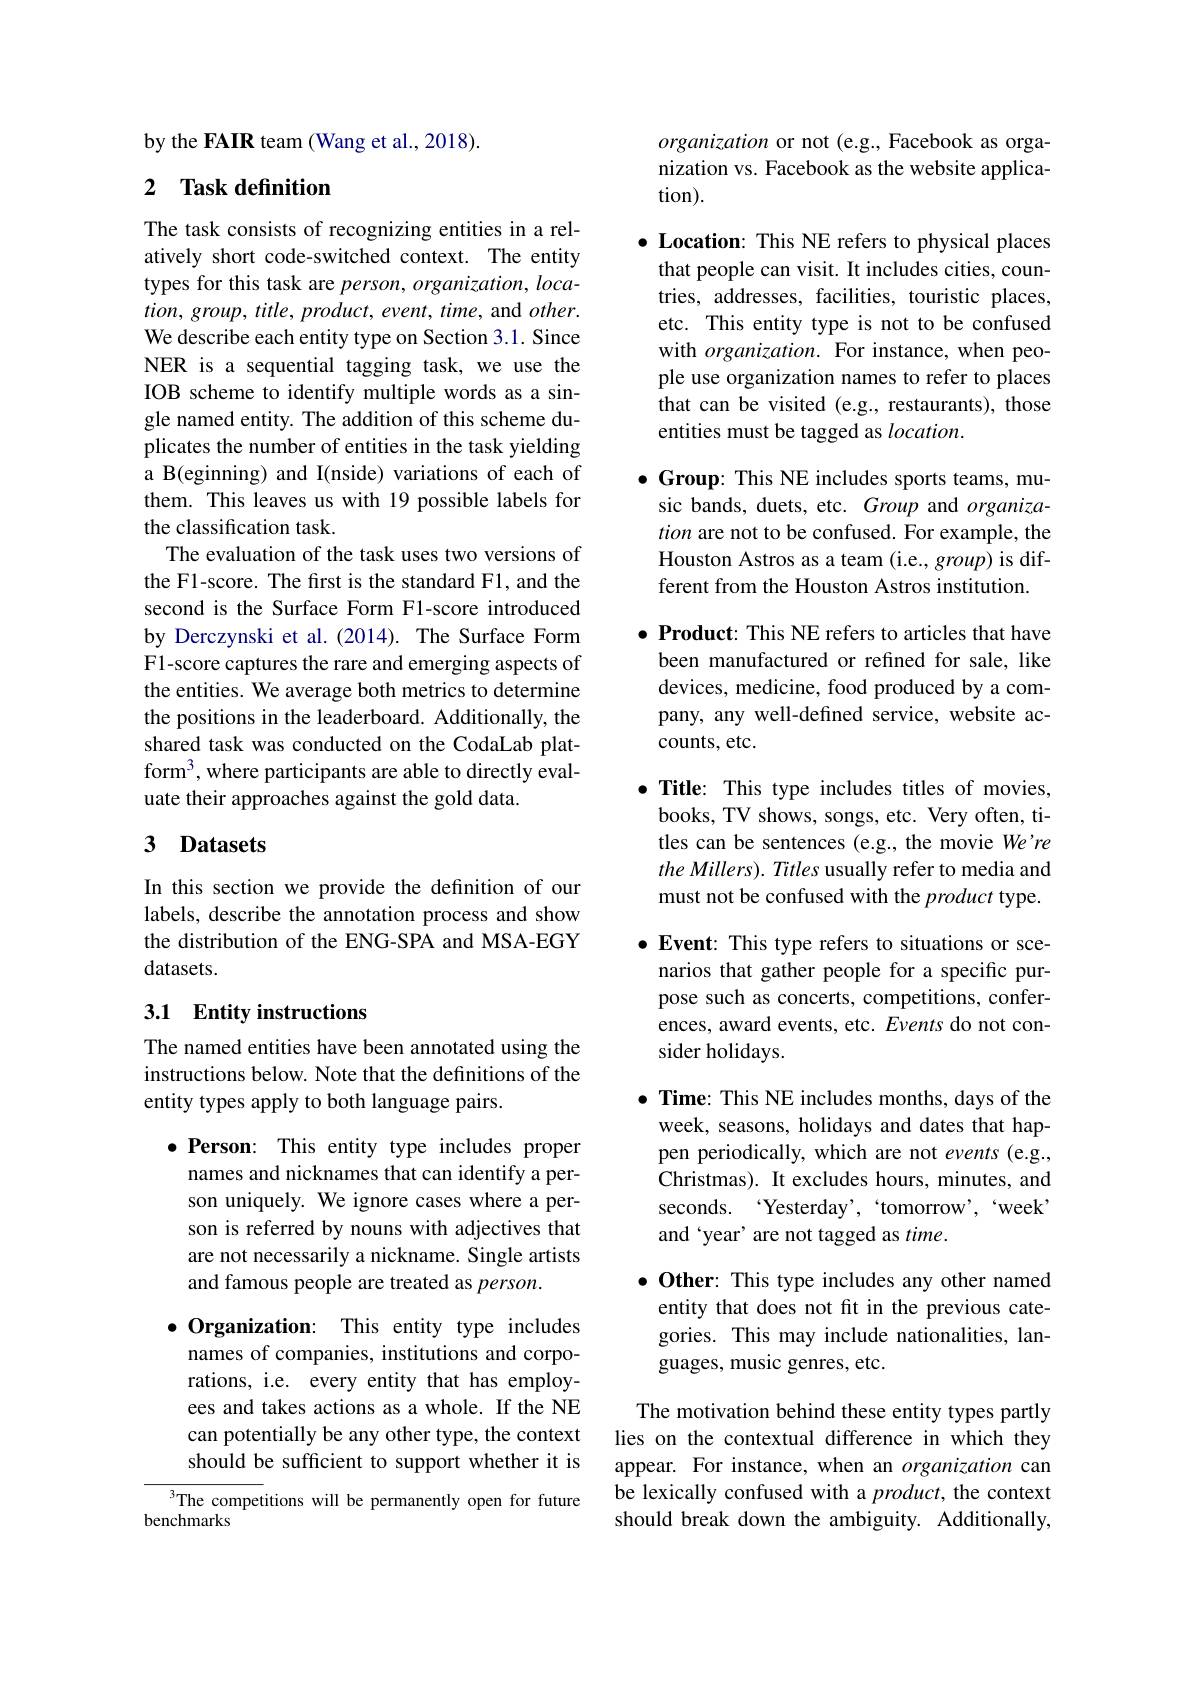
by the FAIR team (Wang et al., 2018).

## 2 Task definition

The task consists of recognizing entities in a relatively short code-switched context. The entity types for this task are person, organization, loca- $tion,group,title,product,event,time$, and $other.$ We describe each entity type on Section 3.1. Since NER is a sequential tagging task, we use the IOB scheme to identify multiple words as a single named entity. The addition of this scheme duplicates the number of entities in the task yielding a B(eginning) and I(nside) variations of each of them. This leaves us with 19 possible labels for the classification task.
The evaluation of the task uses two versions of the F1-score. The first is the standard F1, and the second is the Surface Form F1-score introduced by Derczynski et al.(2014). The Surface Form F1-score captures the rare and emerging aspects of the entities. We average both metrics to determine the positions in the leaderboard. Additionally, the shared task was conducted on the CodaLab platform$^3$,where participants are able to directly evaluate their approaches against the gold data.

## 3 Datasets

In this section we provide the definition of our labels, describe the annotation process and show the distribution of the ENG-SPA and MSA-EGY datasets.

## 3.1 Entity instructions

The named entities have been annotated using the instructions below. Note that the definitions of the entity types apply to both language pairs.

$\bullet$ Person: This entity type includes proper names and nicknames that can identify a person uniquely. We ignore cases where a person is referred by nouns with adjectives that are not necessarily a nickname. Single artists and famous people are treated as person.

$\bullet$ Organization: This entity type includes names of companies, institutions and corporations, i.e. every entity that has employees and takes actions as a whole. If the NE can potentially be any other type, the context should be sufficient to support whether it is

${}^{3}$The competitions will be permanently open for future
benchmarks

organization or not (e.g., Facebook as organization vs. Facebook as the website application).

$\bullet$ Location: This NE refers to physical places
that people can visit. It includes cities, countries, addresses, facilities, touristic places, etc. This entity type is not to be confused with $organization.$ For instance, when people use organization names to refer to places that can be visited (e.g., restaurants), those entities must be tagged as location.

$\bullet$ Group: This NE includes sports teams, mu-
sic bands, duets, etc. Group and organization are not to be confused. For example, the Houston Astros as a team (i.e., group) is different from the Houston Astros institution.

$\bullet \textbf{Product: This NE refers to articles that have}$ been manufactured or refined for sale, like devices, medicine, food produced by a company, any well-defined service, website accounts, etc.

$\bullet$ Title: This type includes titles of movies,
books, TV shows, songs, etc. Very often, titles can be sentences (e.g., the movie We're the Millers). Titles usually refer to media and must not be confused with the product type. $\bullet$ Event: This type refers to situations or scenarios that gather people for a specific purpose such as concerts, competitions, conferences, award events, etc. Events do not consider holidays.

$\bullet \textbf{ Time: This NE includes months, days of the}$ week, seasons, holidays and dates that happen periodically, which are not events (e.g., Christmas). It excludes hours, minutes, and seconds. ‘Yesterday’, 'tomorrow’, ‘week’ and ‘year’ are not tagged as $time.$

$\bullet \textbf{Other: This type includes any other named}$ entity that does not fit in the previous categories. This may include nationalities, languages, music genres, etc.

The motivation behind these entity types partly lies on the contextual difference in which they appear. For instance, when an organization can be lexically confused with a $product$, the context should break down the ambiguity. Additionally,